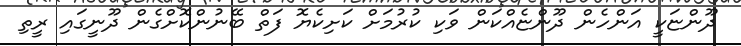
ދޫންޏަކީ އަންހެން ދޫންޏެއްކަން ވަކި ކުރުމަށް ކަށިކެޔޮ ފަތް ބޭނުންކޮށްގެން ދޫނީގައި ރީތި